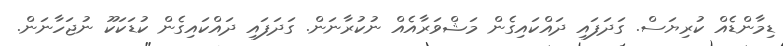
ޑިމާންޑެއް ކުރިޔަސް. ގަދަފައި ދައްކައިގެން މަޝްވަރާއެއް ނުކުރާނަން. ގަދަފައި ދައްކައިގެން ކުޑަކަކޫ ނުޖަހާނަން.